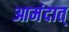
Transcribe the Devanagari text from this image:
आमंदात्‌